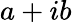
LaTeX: a+ib